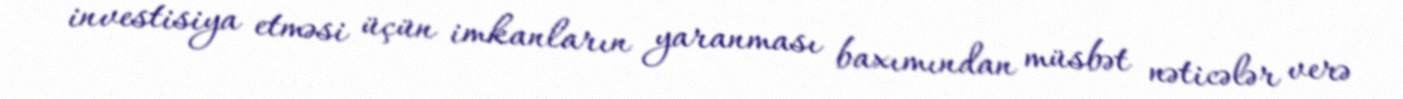
investisiya etməsi üçün imkanların yaranması baxımından müsbət nəticələr verə